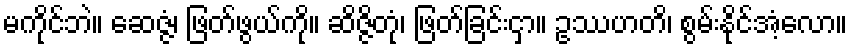
မကိုင်ဘဲ။ ဆေဇ္ဇံ၊ ဖြတ်ဖွယ်ကို။ ဆိဇ္ဇိတုံ၊ ဖြတ်ခြင်းငှာ။ ဥဿဟတိ၊ စွမ်းနိုင်အံ့လော။